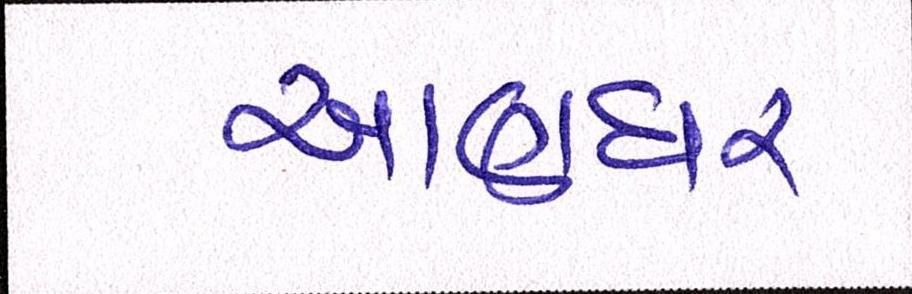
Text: ખાણધર